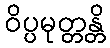
ဝိပ္ပမုတ္တန္တိ